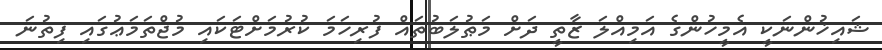
ޝައިޚުންނަކީ އެމީހުންގެ އަމިއްލަ ޒާތީ ދަށް މަޠުލަބުތައް ފުރިހަމަ ކުރުމަށްޓަކައި މުޖްތަމަޢުގައި ފިތުނަ